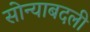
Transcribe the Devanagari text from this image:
सोन्याबदली